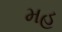
મહ